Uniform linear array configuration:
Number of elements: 32
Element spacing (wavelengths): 1
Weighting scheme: binomial
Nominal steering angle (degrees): -15
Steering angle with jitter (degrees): -14.661
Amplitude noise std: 0.05
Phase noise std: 0.05

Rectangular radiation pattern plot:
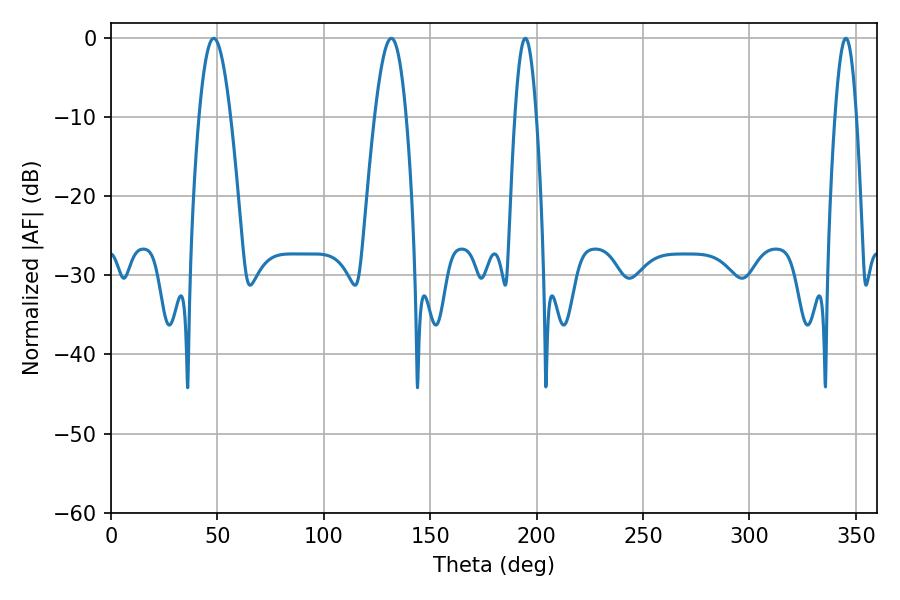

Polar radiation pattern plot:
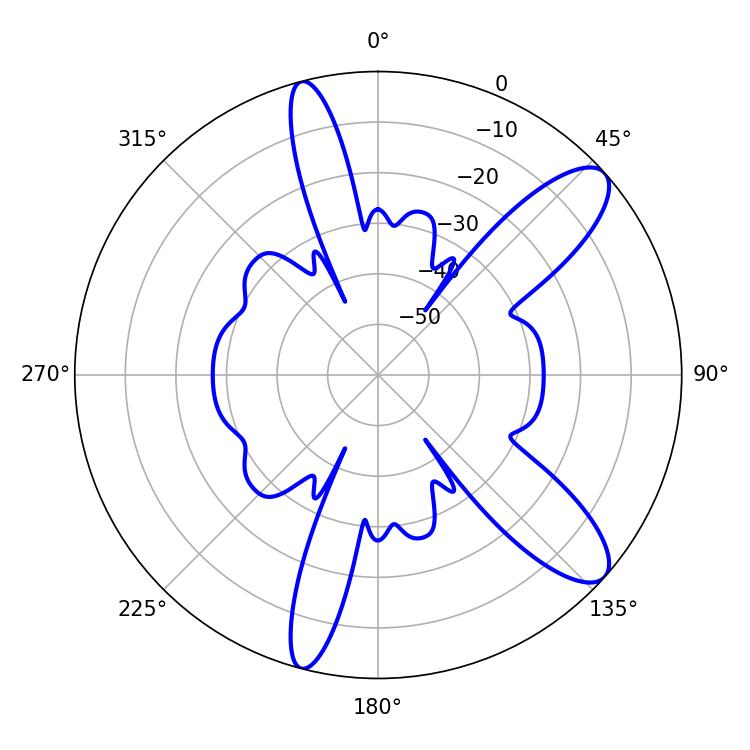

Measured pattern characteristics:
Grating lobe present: TRUE
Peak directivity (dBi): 10.608
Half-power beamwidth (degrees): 7.92
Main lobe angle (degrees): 48.24